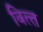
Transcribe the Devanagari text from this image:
वित्‍त